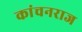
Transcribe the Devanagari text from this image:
कांचनराज